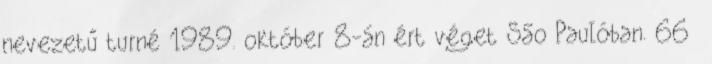
nevezetű turné 1989. október 8-án ért véget São Paulóban. 66